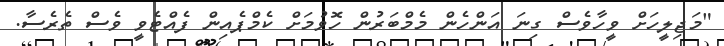
"މަޖިލީހަށް ވީހާވެސް ގިނަ އަންހެން މެމްބަރުން ހޮވުމަށް ކެމްޕެއިން ފެއްޓެވީ ވެސް ތެރެސާ.